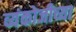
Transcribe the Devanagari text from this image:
व्यंकोजीच्या